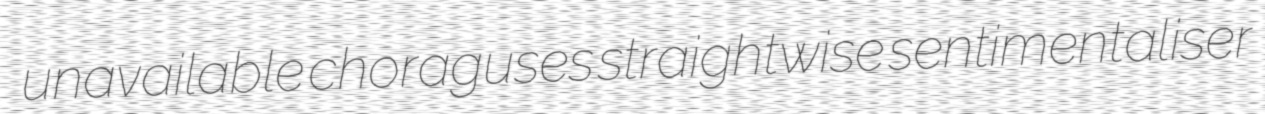
unavailable choraguses straightwise sentimentaliser